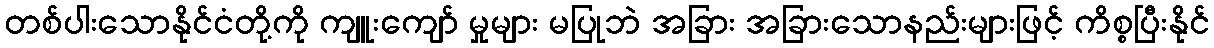
တစ်ပါးသောနိုင်ငံတို့ကို ကျူးကျော် မှုများ မပြုဘဲ အခြား အခြားသောနည်းများဖြင့် ကိစ္စပြီးနိုင်